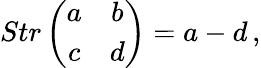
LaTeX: Str\left(\begin{array}{cc}{{a}}&{{b}}\\ {{c}}&{{d}}\end{array}\right)=a-d\, ,